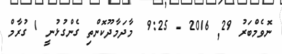
ނޮވެމްބަރު 29